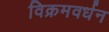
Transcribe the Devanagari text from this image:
विक्रमवर्धन